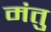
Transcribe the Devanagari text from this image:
मंतु